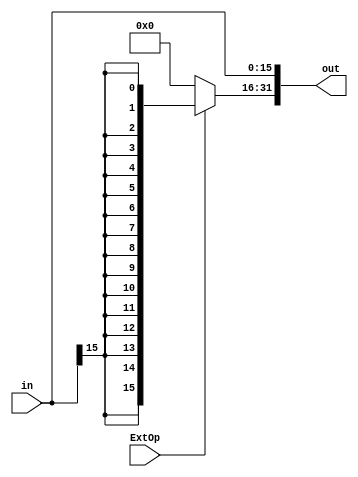
module Signal_Extend(in, ExtOp, out);
    input [15:0] in;
    input ExtOp;
    output [31:0] out;

    assign out = {ExtOp ? {16{in[15]}}:16'h0000, in};

endmodule